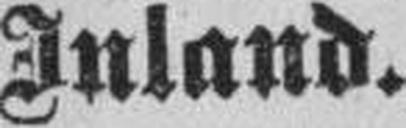
Inland.